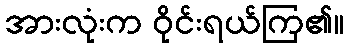
အားလုံးက ဝိုင်းရယ်ကြ၏။